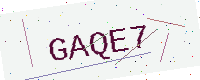
Text: GAQE7